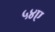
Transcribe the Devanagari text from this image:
५४ए